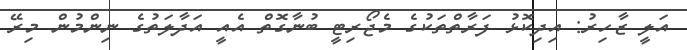
އަލީ ޒާހިރު: އިދިކޮޅު ފަރާތްތަކުގެ މެޖޯރިޓީ ބުނާގޮތް އެއީ އަދާލަތުގެ ނިންމުން މިރޭ